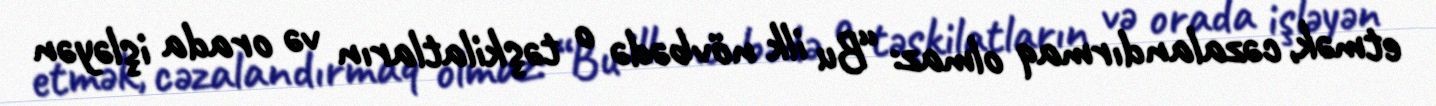
etmək, cəzalandırmaq olmaz: “Bu ilk növbədə o təşkilatların və orada işləyən